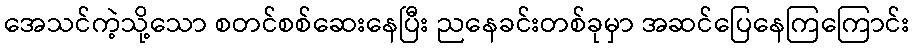
အေသင်ကဲ့သို့သော စတင်စစ်ဆေးနေပြီး ညနေခင်းတစ်ခုမှာ အဆင်ပြေနေကြကြောင်း